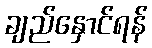
ချည်နှောင်ရန်